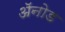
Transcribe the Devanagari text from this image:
अॅनोड